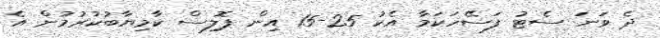
ދެ ވަނަ ސެޓު ފަސޭހަކަމާ އެކު 25-15 އިން ޕޮލިސް ކާމިޔާބުކުރުމުން އެ